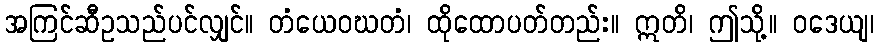
အကြင်ဆီဥသည်ပင်လျှင်။ တံယေဝဃတံ၊ ထိုထောပတ်တည်း။ ဣတိ၊ ဤသို့။ ဝဒေယျ၊